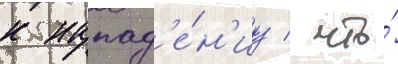
к напад'е́н'иу / что́